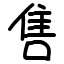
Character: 售